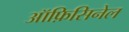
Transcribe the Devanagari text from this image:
ऑफ़िसिनेल